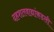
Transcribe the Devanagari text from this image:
दहशतवाद्यांकडली